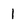
Character: 1